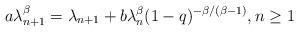
LaTeX: \begin{align*} a\lambda_{n+1}^\beta=\lambda_{n+1}+b\lambda_n^\beta(1-q)^{-\beta/(\beta-1)}, n\geq 1\end{align*}